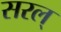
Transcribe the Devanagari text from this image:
सरल्